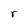
Character: r